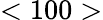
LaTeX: <100>